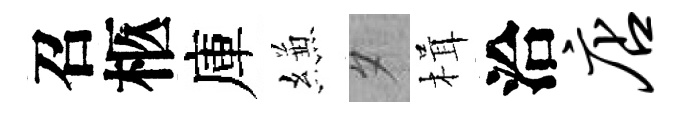
召柩庫縑夕楫洽店